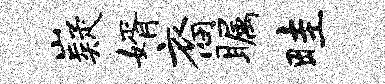
嶷婿裔瞩畦